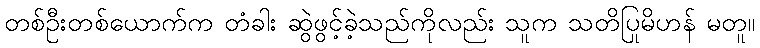
တစ်ဦးတစ်ယောက်က တံခါး ဆွဲဖွင့်ခဲ့သည်ကိုလည်း သူက သတိပြုမိဟန် မတူ။